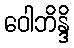
ဝေါဘိန္ဒိ